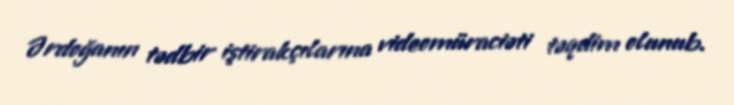
Ərdoğanın tədbir iştirakçılarına videomüraciəti təqdim olunub.